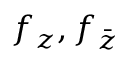
f _ { z } , f _ { \bar { z } }